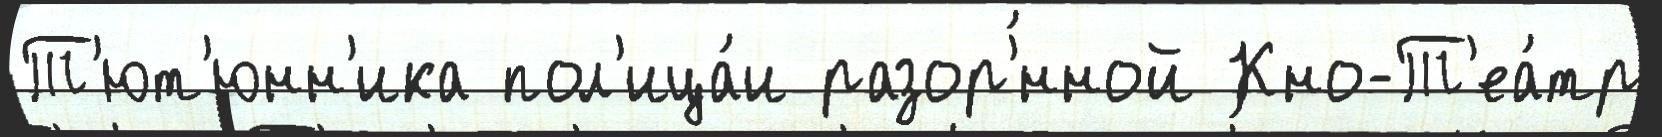
Т'ют'юнн'ика пол'ица́и разор'́нной Кно-Т'еа́тр